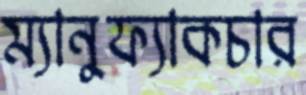
ম্যানুফ্যাকচার